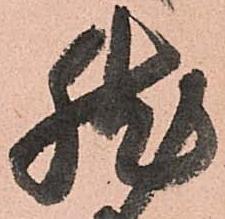
然